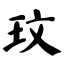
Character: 玟